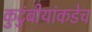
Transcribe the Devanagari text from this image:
कुटुंबीयांकडेच